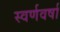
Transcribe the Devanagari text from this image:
स्वर्णवर्षा